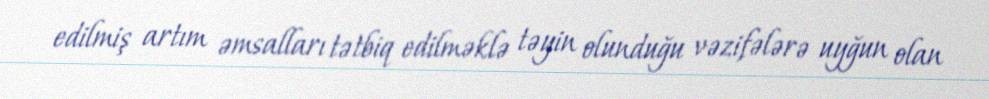
edilmiş artım əmsalları tətbiq edilməklə təyin olunduğu vəzifələrə uyğun olan